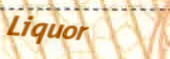
Liquor